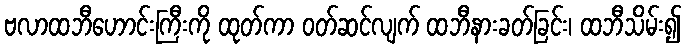
ဗလာထဘီဟောင်းကြီးကို ထုတ်ကာ ဝတ်ဆင်လျက် ထဘီနားခတ်ခြင်း၊ ထဘီသိမ်း၍